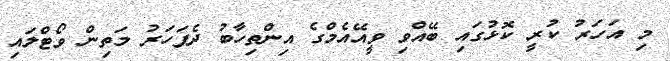
މި އަހަރު ކުރީ ކޮޅުގައި ބޭއްވި ވީއޭއެމްގެ އިންތިހާބު ދެފަހަރު މަތިން ވޯޓްލައި